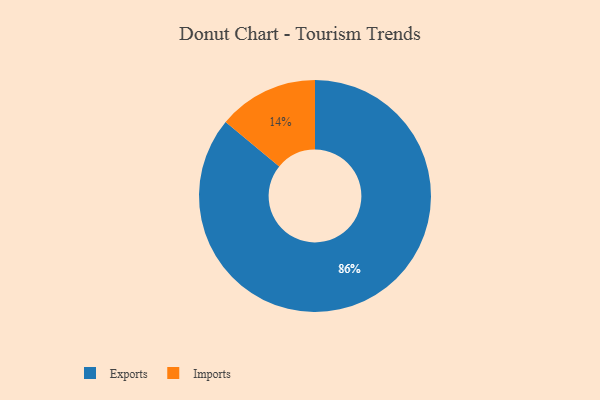
{"axis": {"x": "Category", "y": "Percentage"}, "legend": ["Exports", "Imports"], "data": [{"x": "Exports", "y": 86, "type": "Exports"}, {"x": "Imports", "y": 14, "type": "Imports"}]}